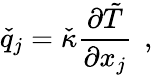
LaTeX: \check{q}_{j}=\check{\kappa}\frac{\partial\tilde{T}}{\partial x_{j}}\, \mathrm{~,~}